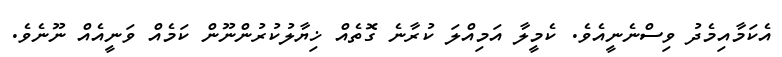
އެކަމާއިމެދު ވިސްނެނީއެވެ. ކެމީލާ އަމިއްލަ ކުރާނެ ގޮތެއް ޚިޔާލުކުރުންނޫން ކަމެއް ވަނީއެއް ނޫނެވެ.